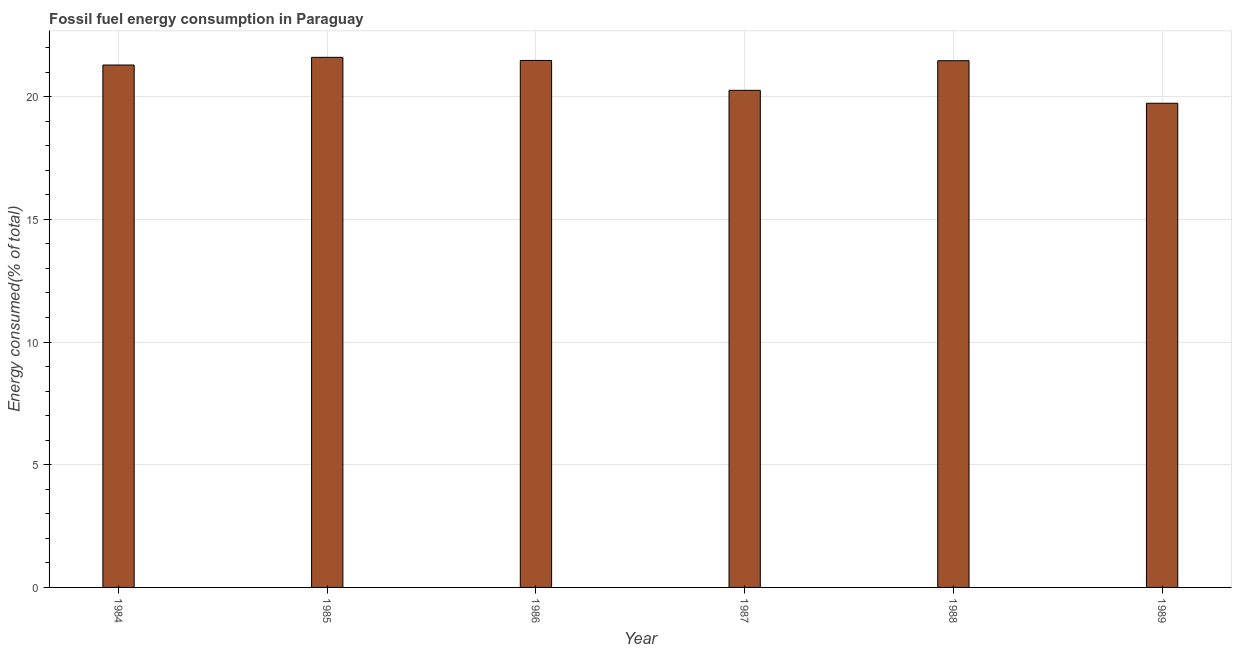
| Year | Fossil fuel energy consumption (% of total) |
 | --- | --- |
 | 1984 | 21.3 |
 | 1985 | 21.6 |
 | 1986 | 21.5 |
 | 1987 | 20.3 |
 | 1988 | 21.5 |
 | 1989 | 19.7 |